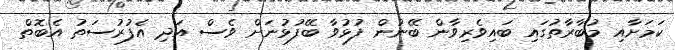
ކަމަށާއި މުބާރާތުގައި ބައިވެރިވާން ބޭނުން ފުޅުވާ ބޭފުޅުނަށް ވެސް އަދި އެފުރުސަތު އެބޮތް